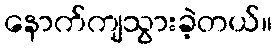
နောက်ကျသွားခဲ့တယ်။